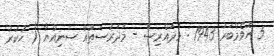
5 ނޮވެމްބަރު 1943 : މުދައްރިސް - މަދަރުސަތުއް ސަނިއްޔާ ( ހުކުރު